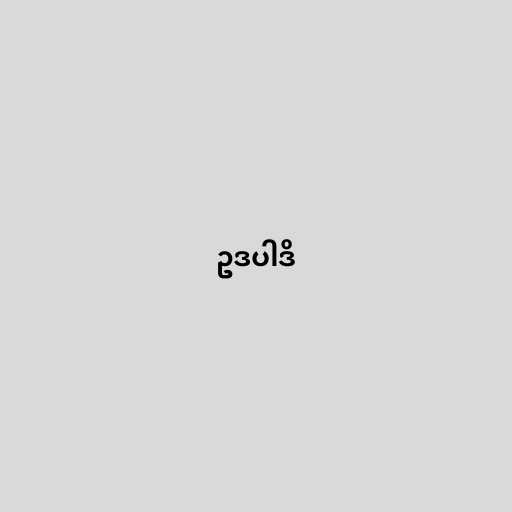
ဥဒပါဒိ